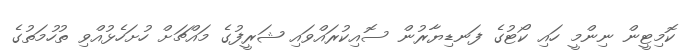
ކޮމިޓީން ނިންމީ ހައި ކޯޓުގެ ފަނޑިޔާރުން ސޮއިކުރައްވައި ޝަރީފުގެ މައްޗަށް ހުށަހެޅުއްވި ތުހުމަތުގެ